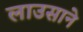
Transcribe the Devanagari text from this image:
लाउसाने